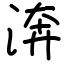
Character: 渀